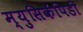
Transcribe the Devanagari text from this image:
म्युसिकॅपिडी